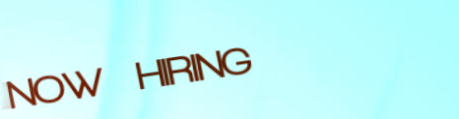
NOW HIRING